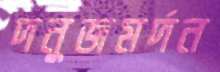
দনুজমর্দন